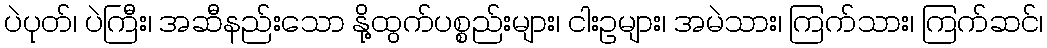
ပဲပုတ်၊ ပဲကြီး၊ အဆီနည်းသော နို့ထွက်ပစ္စည်းများ၊ ငါးဥများ၊ အမဲသား၊ ကြက်သား၊ ကြက်ဆင်၊